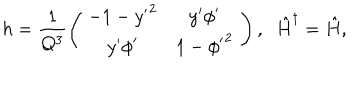
LaTeX: h = \frac { 1 } { Q ^ { 3 } } \left( \begin{array} { c } { { \begin{array} { c c } { { - 1 - { y ^ { \prime } } ^ { 2 } } } & { { y ^ { \prime } { \phi } ^ { \prime } } } \\ { { y ^ { \prime } { \phi } ^ { \prime } } } & { { 1 - { { \phi } ^ { \prime } } ^ { 2 } } } \\ \end{array} } } \\ \end{array} \right) , \; \; { \hat { H } } ^ { \dagger } = { \hat { H } } ,